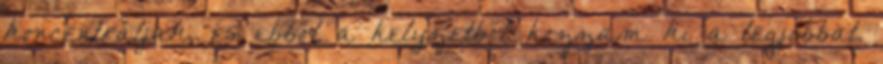
koncentráljak, és ebből a helyzetből hozzam ki a legjobbat.